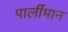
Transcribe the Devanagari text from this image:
पार्लीमान